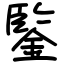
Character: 鍳